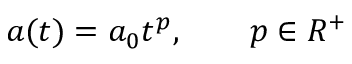
a ( t ) = a _ { 0 } t ^ { p } , \qquad p \in R ^ { + }